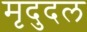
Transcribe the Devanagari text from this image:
मृदुदल